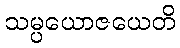
သမ္ပယောဇယေတိ